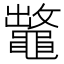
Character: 𪓶